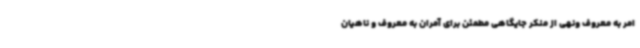
امر به معروف ونهی از منکر جایگاهی مطمئن برای آمران به معروف و ناهیان